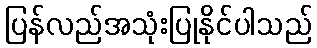
ပြန်လည်အသုံးပြုနိုင်ပါသည်